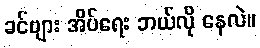
ခင်ဗျား အိပ်ရေး ဘယ်လို နေလဲ။